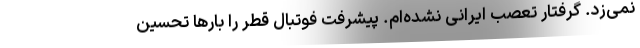
نمی‌زد. گرفتار تعصب ایرانی نشده‌ام. پیشرفت فوتبال قطر را بارها تحسین